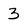
Character: 3